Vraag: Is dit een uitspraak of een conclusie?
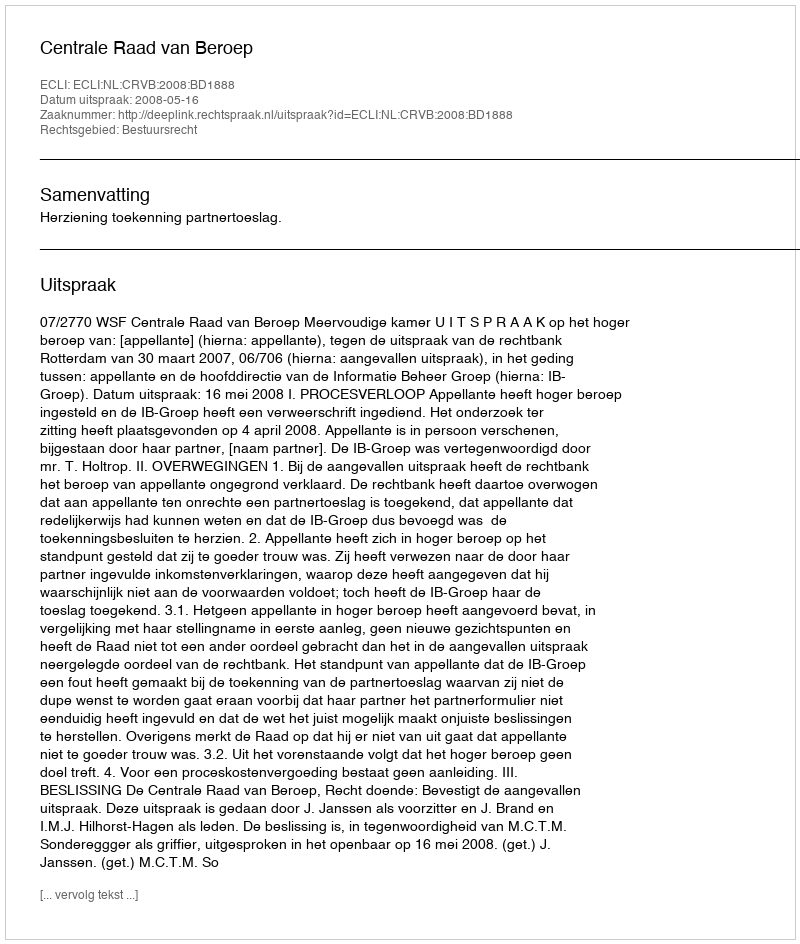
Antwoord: Uitspraak